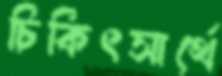
চিকিৎসার্থে